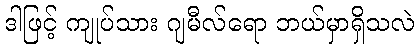
ဒါဖြင့် ကျုပ်သား ဂျမီလ်ရော ဘယ်မှာရှိသလဲ